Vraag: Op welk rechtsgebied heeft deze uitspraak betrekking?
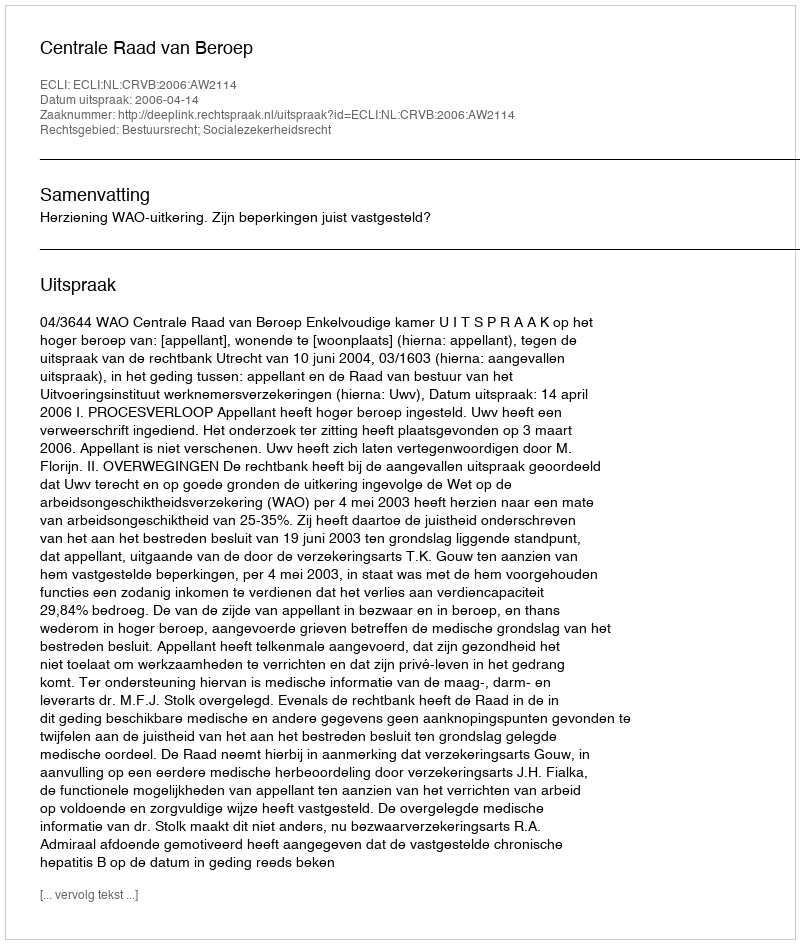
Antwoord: Bestuursrecht; Socialezekerheidsrecht